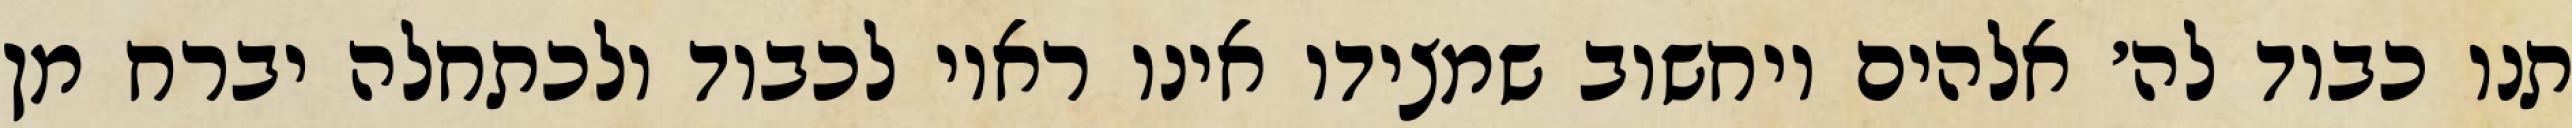
תנו כבוד לה׳ אלהים ויחשוב שמצידו אינו ראוי לכבוד ולכתחלה יברח מן